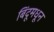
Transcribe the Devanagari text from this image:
बिंदूमधून